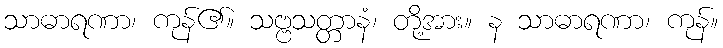
သာဓာရဏာ၊ ကုန်၏။ သဗ္ဗသတ္တာနံ၊ တို့အား။ န သာဓာရဏာ၊ ကုန်။